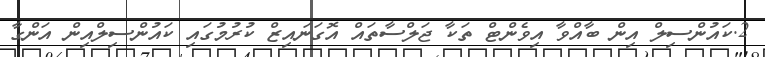
2.ކައުންސިލް އިން ބާއްވާ އިވެންޓް ތަކާ ޖަލްސާތައް އޮގަނައިޒް ކުރުމުގައި ކައުންސިލްއިން އަންގާ